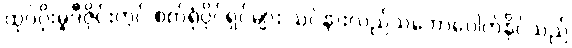
ထုပ်ပိုးမှုဒီဇိုင်းတွင် စက်ရုံပိုင်ရှင်များ သင်နားလည်သဘောပေါက်နိုင်သည်